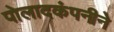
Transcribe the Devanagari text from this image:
पोलादकंपनीने